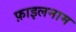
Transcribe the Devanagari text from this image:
फ़ाइलनाम